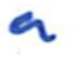
Text: a
Cross-out: clean
Writing tool: ballpoint